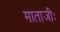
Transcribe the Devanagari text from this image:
माताजीः